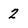
Character: 2